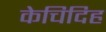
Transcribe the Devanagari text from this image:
केचिदिह